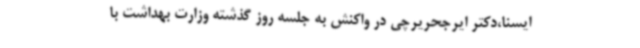
ایسنا،دکتر ایرجحریرچی در واکنش به جلسه روز گذشته وزارت بهداشت با